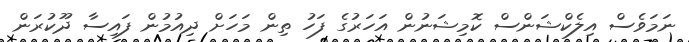
ނަމަވެސް އިލެކްޝަންސް ކޮމިޝަނުން އަހަރުގެ ފަހު ތިން މަހަށް ދިއުމުން ފައިސާ ދޫކުރަން